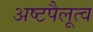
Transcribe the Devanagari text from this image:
अष्टपैलूत्व